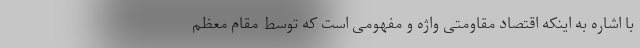
با اشاره به اینکه اقتصاد مقاومتی واژه و مفهومی است که توسط مقام معظم